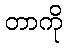
တာကို